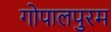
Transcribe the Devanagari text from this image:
गोपालपुरम